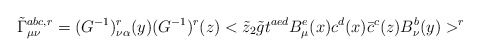
\begin{align*}\tilde{\Gamma}^{abc,r}_{\mu \nu}=(G^{-1})^r_{\nu \alpha}(y)(G^{-1})^r(z)<\tilde{z}_2 \tilde{g}t^{aed}B^e_{\mu}(x)c^d(x) \bar{c}^c(z)B^b_{\nu}(y)>^r\end{align*}